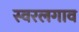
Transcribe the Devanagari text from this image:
स्वरलगाव